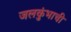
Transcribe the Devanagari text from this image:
जलकुंभाची